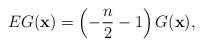
LaTeX: \begin{gather*}EG(\mathbf x) = \left(-\frac{n}{2}-1\right)G(\mathbf x),\end{gather*}